Report on vaccination in Madras 1904-1921 - 1904-1921
Year: 1904
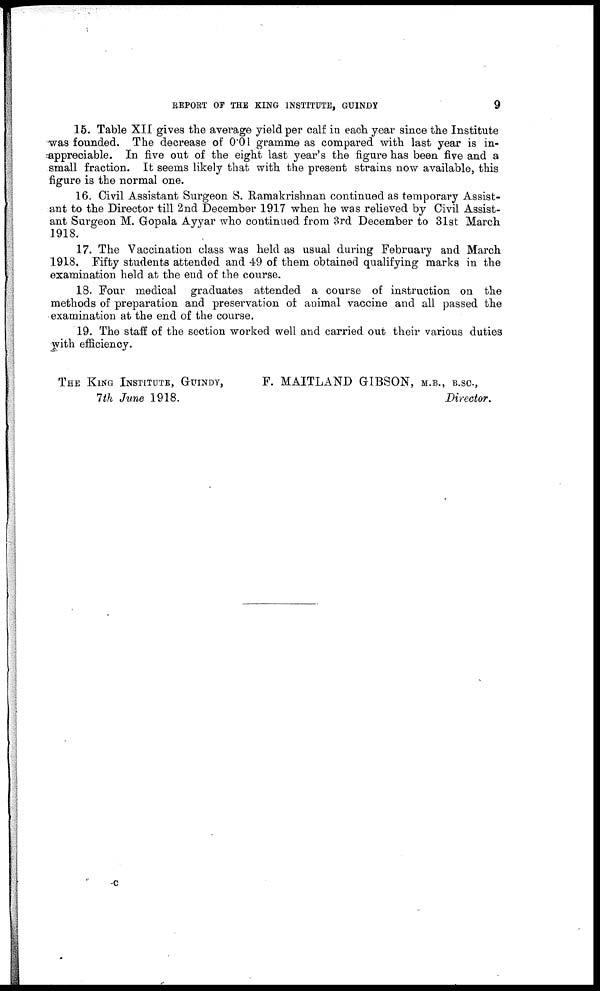
REPORT OF THE KING INSTITUTE, GUINDY
9
15. Table XII gives the average yield per calf in each year since the Institute
was founded. The decrease of 0.01 gramme as compared with last year is in-
appreciable. In five out of the eight last year's the figure has been five and a
small fraction. It seems likely that with the present strains now available, this
figure is the normal one.
16. Civil Assistant Surgeon S. Ramakrishnan continued as temporary Assist-
ant to the Director till 2nd December 1917 when he was relieved by Civil Assist-
ant Surgeon M. Gopala Ayyar who continued from 3rd December to 31st March
1918.
17. The Vaccination class was held as usual during February and March
1918. Fifty students attended and 49 of them obtained qualifying marks in the
examination held at the end of the course.
18. Four medical graduates attended a course of instruction on the
methods of preparation and preservation of animal vaccine and all passed the
examination at the end of the course.
19. The staff of the section worked well and carried out their various duties
with efficiency.
THE KING INSTITUTE, GUINDY,
F. MAITLAND GIBSON, M.B., B.SC.,
7 th June 1918.
Director.
c